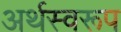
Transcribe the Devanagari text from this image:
अर्थस्वरूप